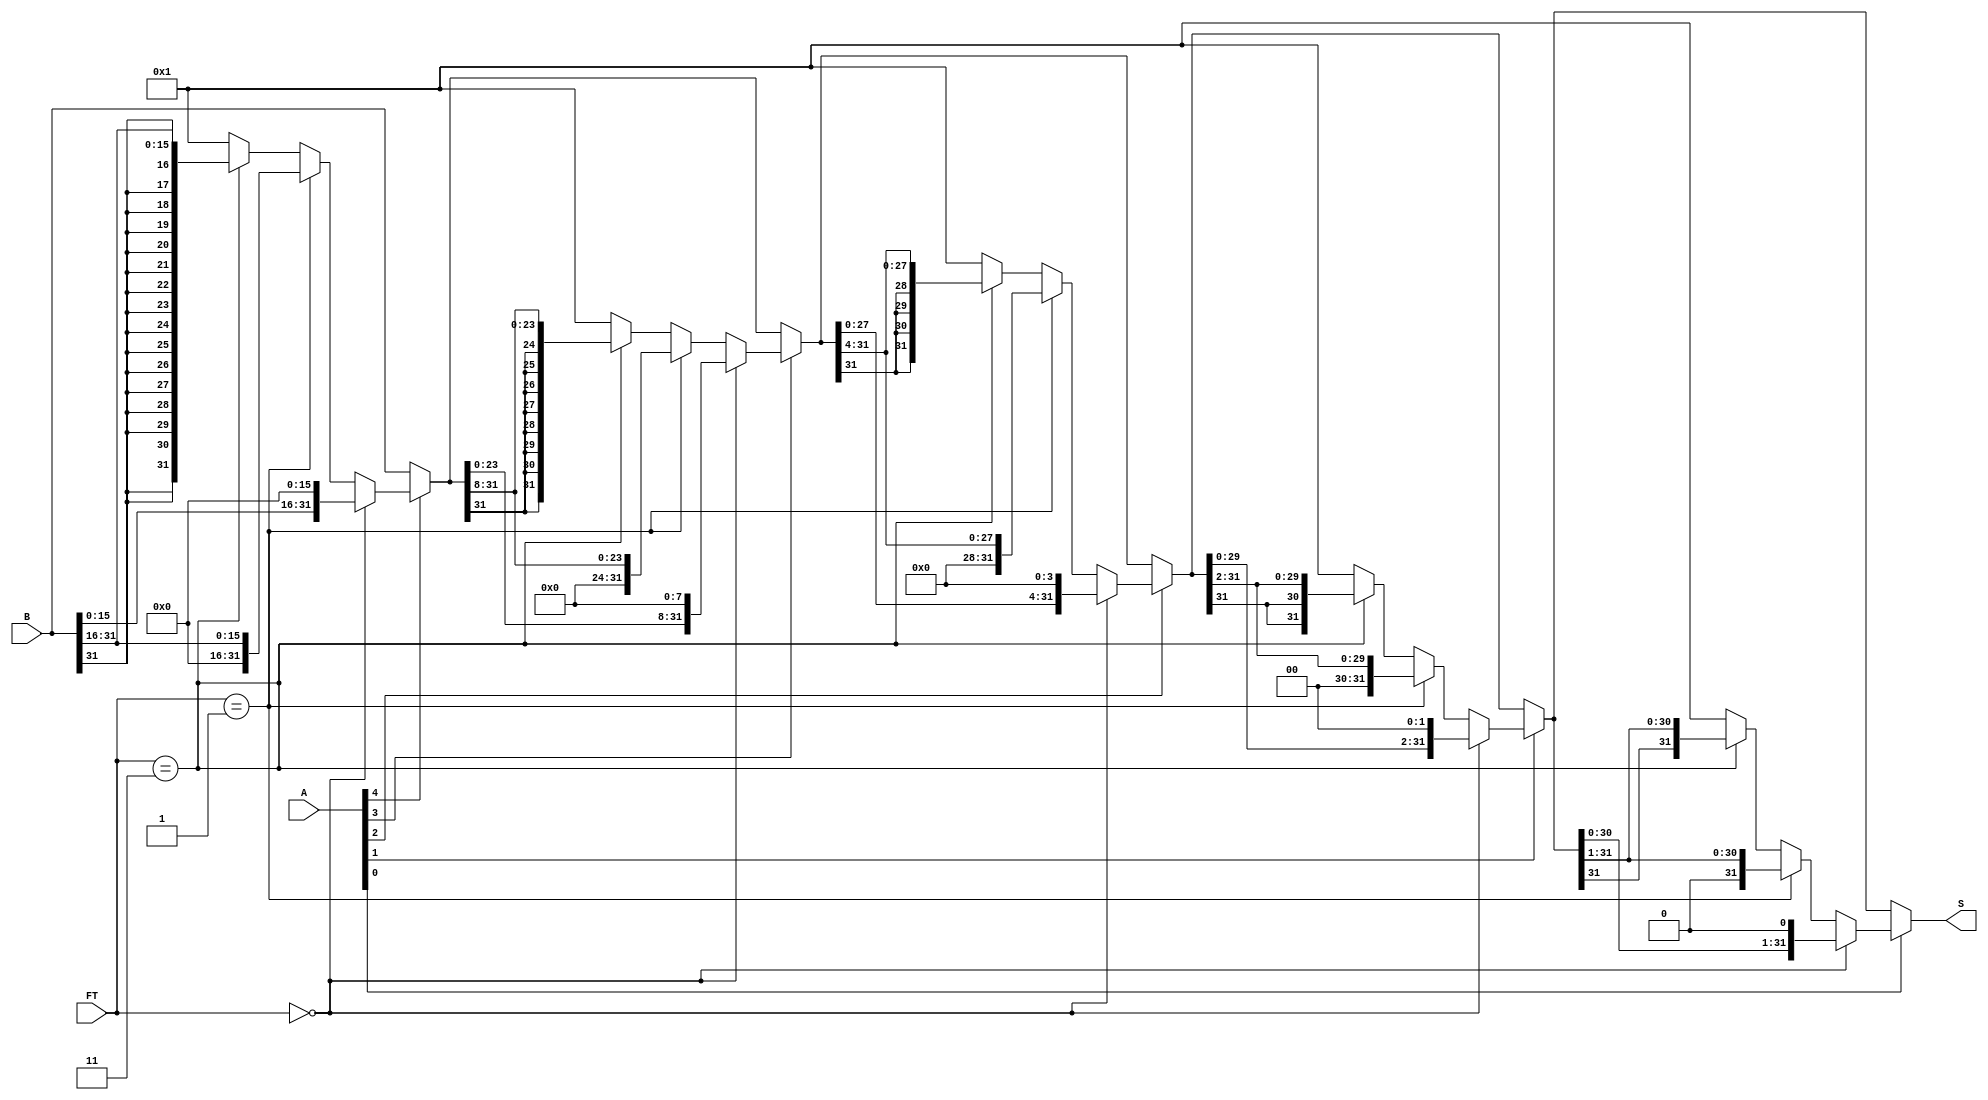
module Shift(
    input wire[4:0] A,
    input wire[31:0] B,
    input wire[1:0] FT,
    output wire[31:0] S
);

    parameter FT_SHIFT_SLL = 2'b00;
    parameter FT_SHIFT_SRL = 2'b01;
    parameter FT_SHIFT_SRA = 2'b11;

    parameter ERROR_OUTPUT = 1;

    wire[31:0] shift_16;
    wire[31:0] shift_8;
    wire[31:0] shift_4;
    wire[31:0] shift_2;
    wire[31:0] shift_1;

    assign shift_16 = A[4] ? (
        (FT == FT_SHIFT_SLL) ? { B[15:0], {16{1'b0}} } : (
            (FT == FT_SHIFT_SRL) ? { {16{1'b0}}, B[31:16] } : (
                (FT == FT_SHIFT_SRA) ? { {16{B[31]}}, B[31:16] } :
                    ERROR_OUTPUT
            )
        )
    ) : B;

    assign shift_8 = A[3] ? (
        (FT == FT_SHIFT_SLL) ? { shift_16[23:0], {8{1'b0}} } : (
            (FT == FT_SHIFT_SRL) ? { {8{1'b0}}, shift_16[31:8] } : (
                (FT == FT_SHIFT_SRA) ? { {8{shift_16[31]}}, shift_16[31:8]} :
                    ERROR_OUTPUT
            )
        )
    ) : shift_16;

    assign shift_4 = A[2] ? (
        (FT == FT_SHIFT_SLL) ? { shift_8[27:0], {4{1'b0}} } : (
            (FT == FT_SHIFT_SRL) ? { {4{1'b0}}, shift_8[31:4] } : (
                (FT == FT_SHIFT_SRA) ? { {4{shift_8[31]}}, shift_8[31:4]} :
                    ERROR_OUTPUT
            )
        )
    ) : shift_8;

    assign shift_2 = A[1] ? (
        (FT == FT_SHIFT_SLL) ? { shift_4[29:0], {2{1'b0}} } : (
            (FT == FT_SHIFT_SRL) ? { {2{1'b0}}, shift_4[31:2] } : (
                (FT == FT_SHIFT_SRA) ? { {2{shift_4[31]}}, shift_4[31:2]} :
                    ERROR_OUTPUT
            )
        )
    ) : shift_4;

    assign shift_1 = A[0] ? (
        (FT == FT_SHIFT_SLL) ? { shift_2[30:0], {1{1'b0}} } : (
            (FT == FT_SHIFT_SRL) ? { {1{1'b0}}, shift_2[31:1] } : (
                (FT == FT_SHIFT_SRA) ? { {1{shift_2[31]}}, shift_2[31:1]} :
                    ERROR_OUTPUT
            )
        )
    ) : shift_2;

    assign S = shift_1;

endmodule